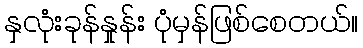
နှလုံးခုန်နှုန်း ပုံမှန်ဖြစ်စေတယ်။